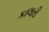
કાલારી